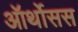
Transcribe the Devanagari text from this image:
ऑर्थोसस